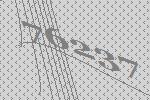
76237